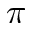
\boldsymbol { \pi }